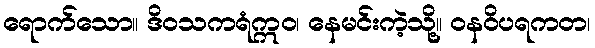
ရောက်သော။ ဒိဝသကရံဣဝ၊ နေမင်းကဲ့သို့။ ဝနဝိပရကတ၊